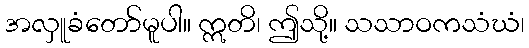
အလှူခံတော်မူပါ။ ဣတိ၊ ဤသို့။ သသာဝကသံဃံ၊